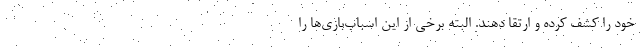
خود را کشف کرده و ارتقا دهند. البته برخی از این اسباب‌بازی‌ها را